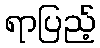
ရာပြည့်